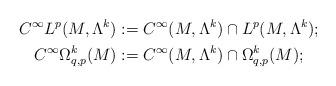
LaTeX: \begin{gather*}C^{\infty}L^{p}(M,\Lambda^{k}):=C^{\infty}(M,\Lambda^{k})\cap L^{p}(M,\Lambda^{k});\\C^{\infty}\Omega_{q,p}^{k}(M):=C^{\infty}(M,\Lambda^{k})\cap\Omega_{q,p}^{k}(M);\\\end{gather*}